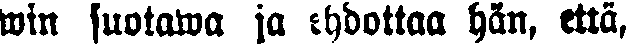
min suotawa ja ehdottaa hän, että,